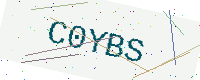
Text: C0YBS